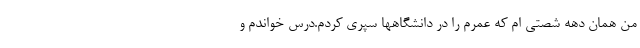
من همان دهه شصتی ام که عمرم را در دانشگاهها سپری کردم.درس خواندم و